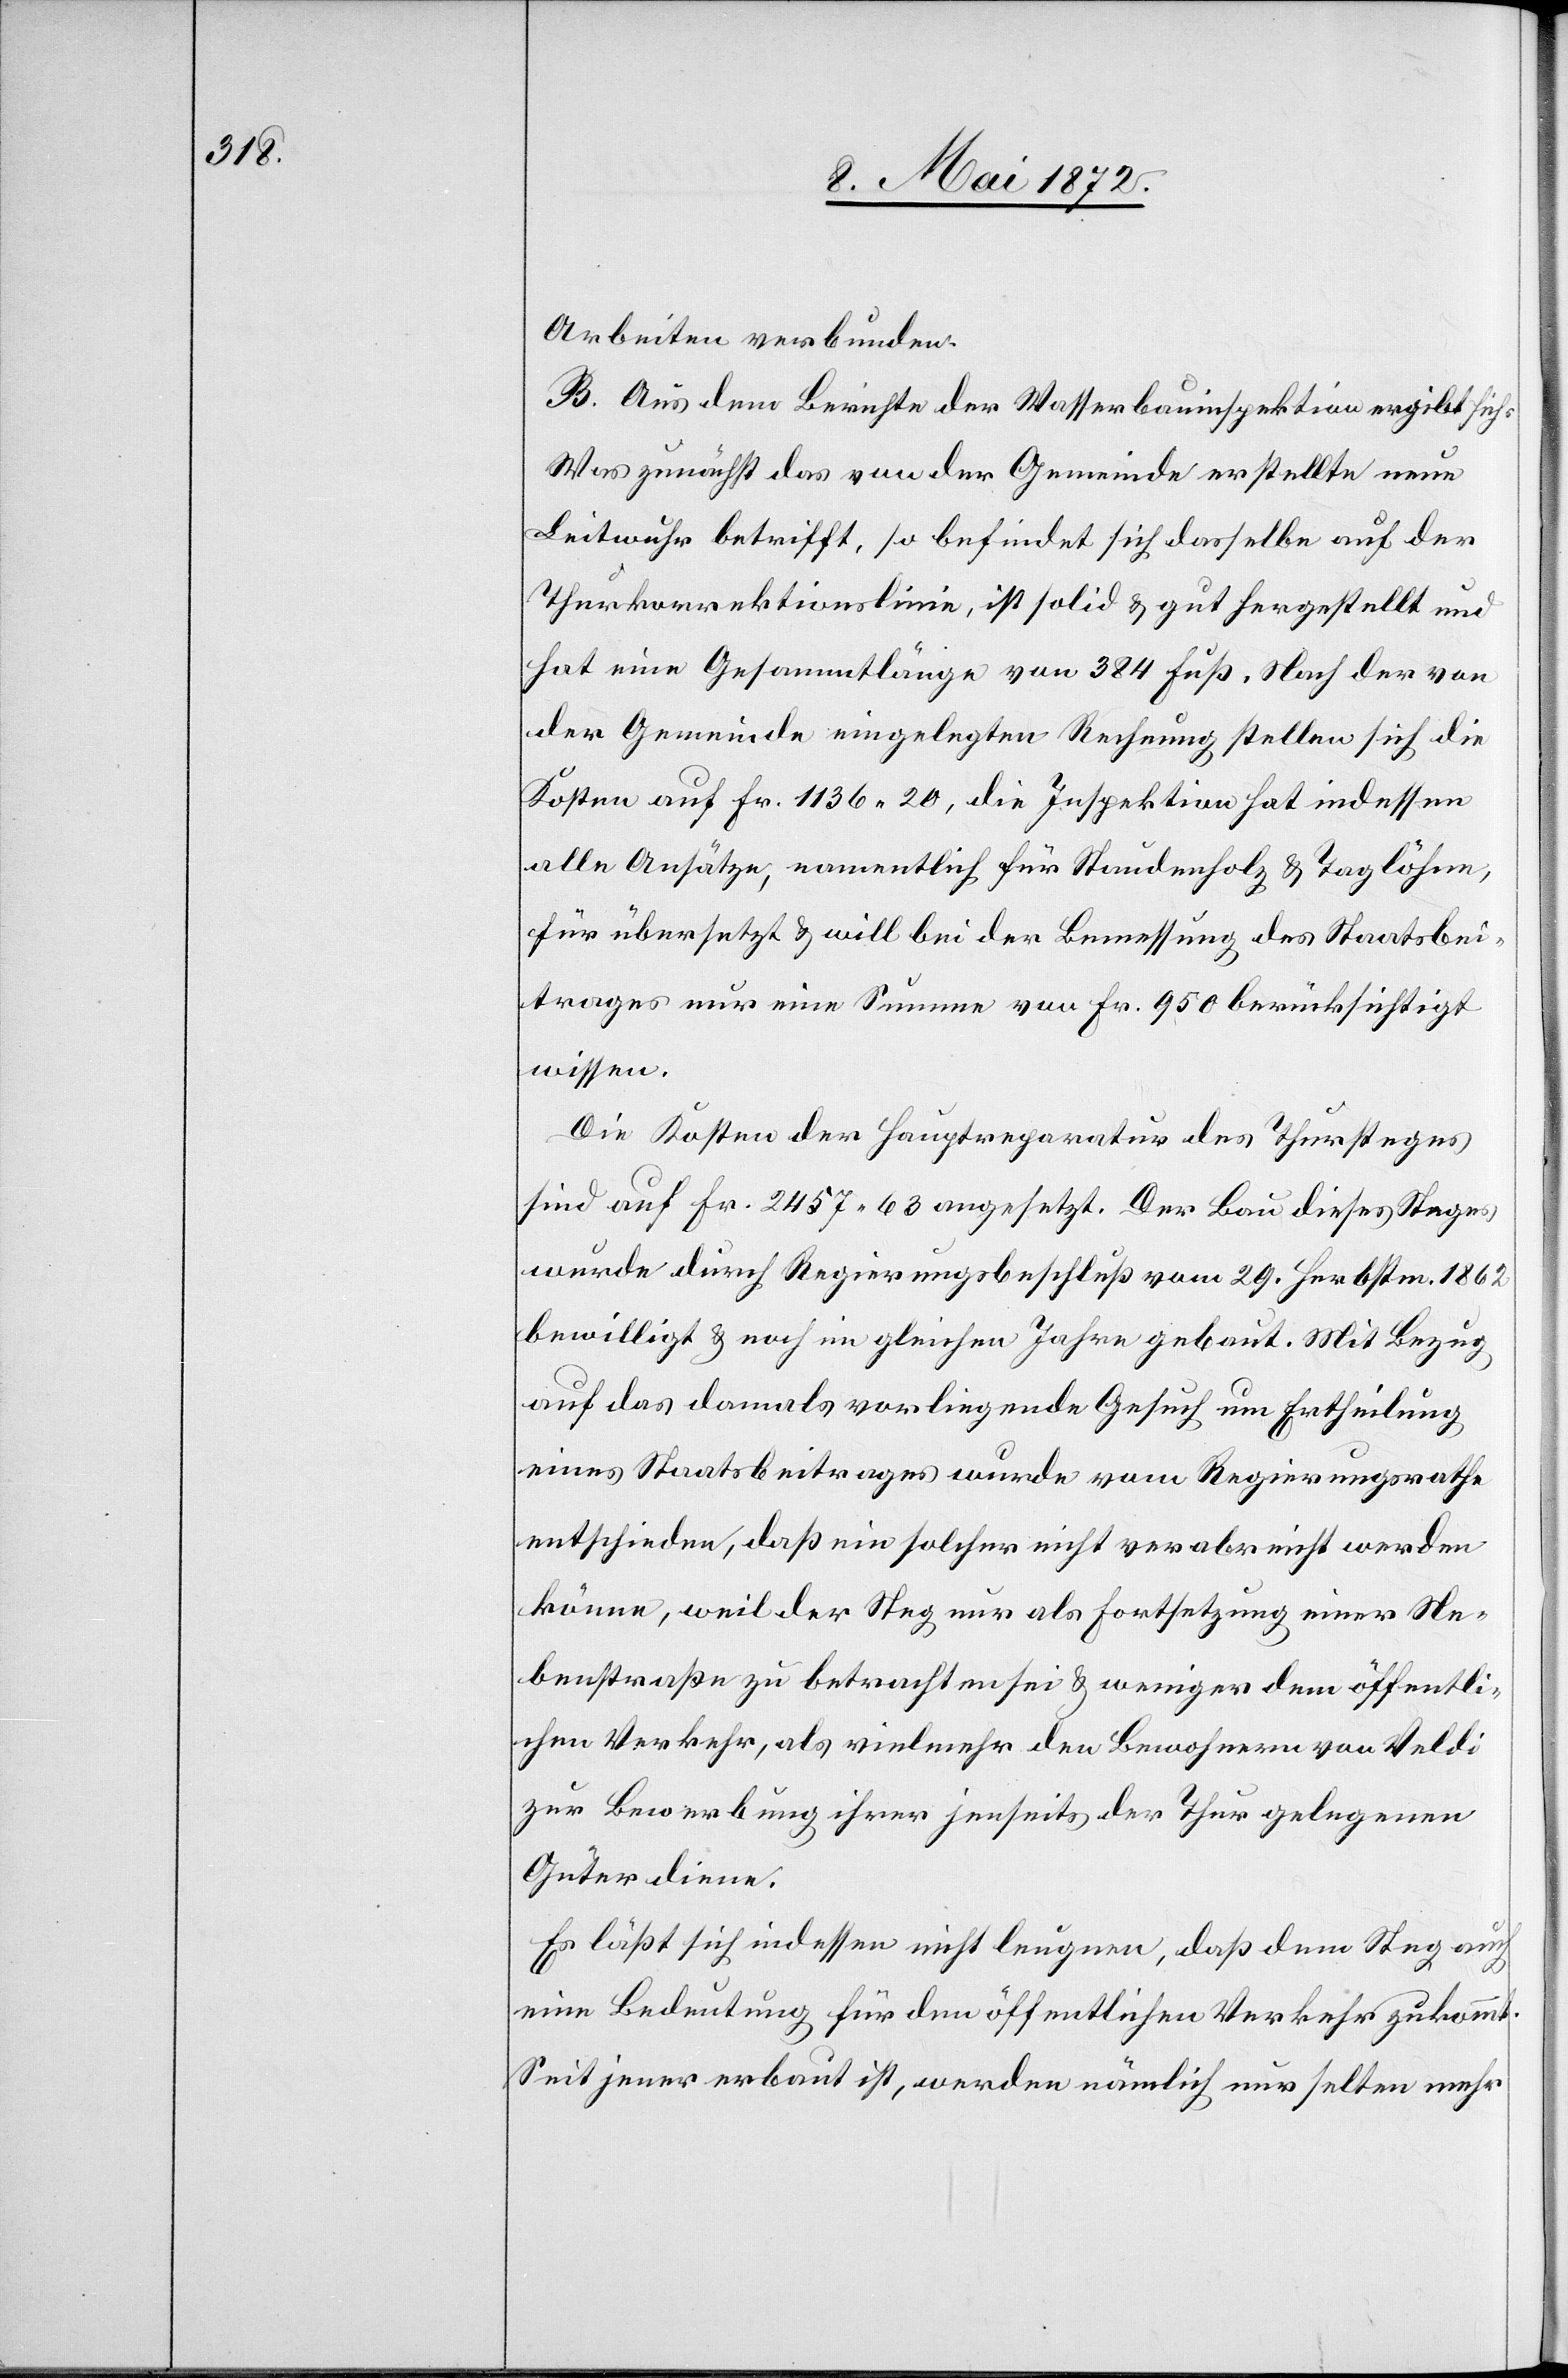
Arbeiten verbunden.
B. Aus dem Berichte der Wasserbauinspektion ergibt sich:
Was zunächst das von der Gemeinde erstellte neue
Leitwuhr betrifft, so befindet sich dasselbe auf der
Thurkorrektionslinie, ist solid u. gut hergestellt und
hat eine Gesammtlänge von 384 Fuß. Nach der von
der Gemeinde eingelegten Rechnung stellen sich die
Kosten auf Fr. 1136 20, die Inspektion hat indessen
alle Ansätze, namentlich für Staudenholz u. Taglöhne,
für übersetzt u. will bei der Bemessung des Staatsbei¬
trages nur eine Summe von Fr. 950 berücksichtigt
wissen.
Die Kosten der Hauptreparatur des Thursteges
sind auf Fr. 2457 63 angesetzt. Der Bau dieses Steges
wurde durch Regierungsbeschluß vom 29 Herbstm. 1862
bewilligt u. noch im gleichen Jahre gebaut. Mit Bezug
auf das damals vorliegende Gesuch um Ertheilung
eines Staatsbeitrages wurde vom Regierungsrathe
entschieden, daß ein solcher nicht verabreicht werden
könne, weil der Steg nur als Fortsetzung einer Ne¬
benstraße zu betrachten sei u. weniger dem öffentli¬
chen Verkehr, als vielmehr den Bewohnern von Veldi
zur Bewerbung ihrer jenseits der Thur gelegenen
Güter diene.
Es läßt sich indessen nicht leugnen, daß dem Steg auch
eine Bedeutung für den öffentlichen Verkehr zukommt.
Seit jener erbaut, werden nämlich nur selten mehr